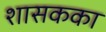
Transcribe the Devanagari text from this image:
शासकका